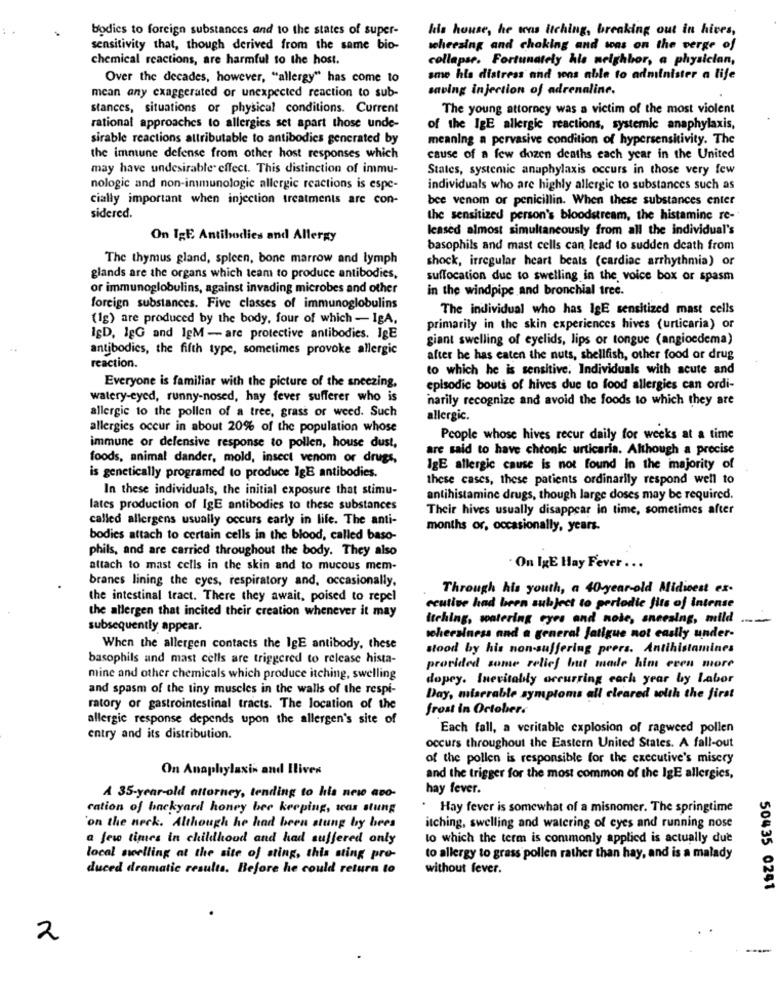
bodies to foreign substances and to the states of super-
his house, he was itching, breaking out in hives,
sensitivity that, though derived from the same bio-
wheezing and choking and was on the verge of
chemical reactions, are harmful to the host.
collapse. Fortunately his neighbor, a physician,
Over the decades, however, "allergy" has come to
sme his distress and sons able to administer a life
saving injection of adrenaline.
mean any exaggerated or unexpected reaction to sub-
stances, situations or physical conditions. Current
The young attorney was a victim of the most violent
rational approaches to allergies set apart those unde-
of the IgE allergic reactions, systemic anaphylaxis,
sirable reactions attributable to antibodies generated by
meaning a pervasive condition of hypersensitivity. The
the immune defense from other host responses which
cause of a few dozen deaths each year in the United
may have undesirable effect. This distinction of immu-
States, systemic anaphylaxis occurs in those very few
nologic and non-immunologie allergic reactions is espe-
individuals who are highly allergic to substances such as
cially important when injection treatments are con-
bee venom or penicillin. When these substances enter
sidered.
the sensitized person's bloodstream, the histamine re-
leased almost simultaneously from all the individual's
On IgE Antibodies and Allergy
basophils and mast cells can lead to sudden death from
The thymus gland, spleen, bone marrow and lymph
shock, irregular heart beats (cardiac arrhythmia) or
glands are the organs which team to produce antibodies,
suffocation due to swelling in the voice box or spasm
or immunoglobulins, against invading microbes and other
in the windpipe and bronchial tree.
foreign substances. Five classes of immunoglobulins
The individual who has IgE sensitized mast cells
(1g) are produced by the body, four of which - IgA,
primarily in the skin experiences hives (urticaria) or
IgD, 1gG and IgM - are protective antibodies. IgE
giant swelling of eyelids, lips or tongue (angioedema)
antibodies, the fifth type, sometimes provoke allergic
after he has eaten the nuts, shellfish, other food or drug
reaction.
to which he is sensitive. Individuals with acute and
Everyone is familiar with the picture of the sneezing,
episodic bouts of hives due to food allergies can ordi-
watery-eyed, runny-nosed, hay fever sufferer who is
harily recognize and avoid the foods to which they are
allergic to the pollen of a tree, grass or weed. Such
allergic.
allergies occur in about 20% of the population whose
People whose hives recur daily for weeks at a time
immune or defensive response to pollen, house dust,
are said to have chronic urticaria. Although a precise
foods, animal dander, mold, insect venom or drugs,
IgE allergic cause is not found In the majority of
is genetically programed to produce 1gB antibodies.
these cases, these patients ordinarily respond well to
In these individuals, the initial exposure that stimu-
antihistamine drugs, though large doses may be required.
lates production of IgE antibodies to these substances
Their hives usually disappear in time, sometimes after
called allergens usually occurs early in life. The anti-
months or, occasionally, years.
bodies attach to certain cells in the blood, called baso-
phils, and are carried throughout the body. They also
attach to mast cells in the skin and to mucous mem-
On IgE Hay Fever ...
branes lining the eyes, respiratory and, occasionally,
Through his youth, a 40-year-old Midicest ex-
the intestinal tract. There they await, poised to repel
the allergen that incited their creation whenever it may
ccutive had been subject to periodic fits of intense
itching, watering eyes and note, ancesing, mild ....
subsequently appear.
wohersiness and a general fatigue not easily under-
When the allergen contacts the IgE antibody, these
stood by his non-suffering peers. Antihistamines
basophils and mast cells are triggered to release hista-
provided some relief but made him even more
mine and other chemicals which produce itching, swelling
dopey. Inevitably occurring each year by Labor
and spasm of the tiny muscles in the walls of the respi-
Day, miserable symptoms all cleared wolth the first
ratory or gastrointestinal tracts. The location of the
frost in October.
allergic response depends upon the allergen's site of
Each fall, a veritable explosion of ragweed pollen
entry and its distribution.
occurs throughout the Eastern United States. A fall-out
of the pollen is responsible for the executive's misery
On Anaphylaxis and Ilives
and the trigger for the most common of the IgE allergies,
hay fever.
A 35-year-old attorney, tending to his new avo-
cation of backyard honey bee keeping, was stung
. Hay fever is somewhat of a misnomer. The springtime
on the neck. Although he had been stung by hees
itching, swelling and watering of eyes and running nose
a few times in childhood and had suffered only
to which the term is commonly applied is actually due
local swelling at the site of sting, this ating pro-
to allergy to grass pollen rather than hay, and is a malady
duced dramatic results. Before he could return to
without fever.
50435 0241
2